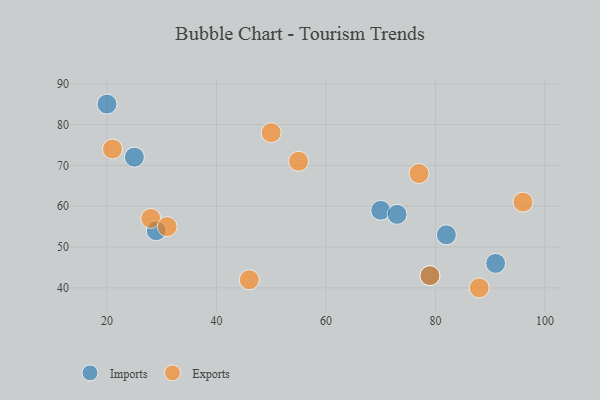
{"axis": {"x": "GDP", "y": "Life Expectancy"}, "legend": ["Exports", "Imports"], "data": [{"x": "29", "y": 54, "type": "Imports"}, {"x": "79", "y": 43, "type": "Imports"}, {"x": "70", "y": 59, "type": "Imports"}, {"x": "20", "y": 85, "type": "Imports"}, {"x": "25", "y": 72, "type": "Imports"}, {"x": "73", "y": 58, "type": "Imports"}, {"x": "91", "y": 46, "type": "Imports"}, {"x": "82", "y": 53, "type": "Imports"}, {"x": "77", "y": 68, "type": "Exports"}, {"x": "28", "y": 57, "type": "Exports"}, {"x": "21", "y": 74, "type": "Exports"}, {"x": "50", "y": 78, "type": "Exports"}, {"x": "79", "y": 43, "type": "Exports"}, {"x": "31", "y": 55, "type": "Exports"}, {"x": "46", "y": 42, "type": "Exports"}, {"x": "55", "y": 71, "type": "Exports"}, {"x": "96", "y": 61, "type": "Exports"}, {"x": "88", "y": 40, "type": "Exports"}]}